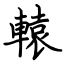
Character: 轅